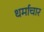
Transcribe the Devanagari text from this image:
धर्माचार